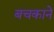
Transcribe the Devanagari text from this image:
बचकाने